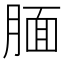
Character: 腼